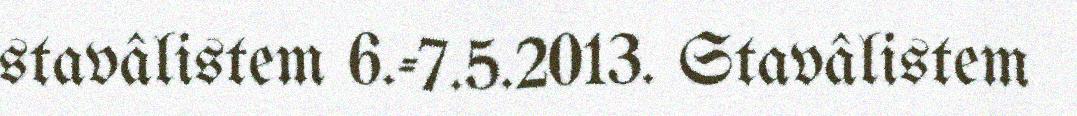
stavâlistem 6.-7.5.2013. Stavâlistem